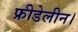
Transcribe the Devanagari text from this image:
फ्रीडेलीन।